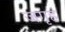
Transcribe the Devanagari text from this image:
जगृह